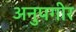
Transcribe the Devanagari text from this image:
अनुपगीर